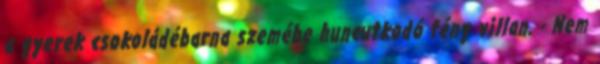
a gyerek csokoládébarna szemébe huncutkodó fény villan. - Nem